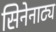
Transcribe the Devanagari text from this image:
सिनेनाट्य